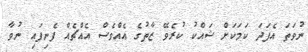
ނުވަތަ އެފަދަ ކަމަކަށް ޝައްކު ކުރެވޭ ޒާތުގެ އެއްވެސް އެއްޗެއް ފެނިފައި ނުވާ